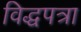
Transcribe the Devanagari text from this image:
विद्धपत्रा